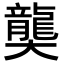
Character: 𪚔